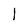
Character: 1